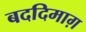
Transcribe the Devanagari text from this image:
बददिमाग़